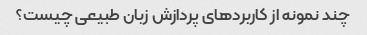
چند نمونه از کاربردهای پردازش زبان طبیعی چیست؟